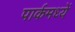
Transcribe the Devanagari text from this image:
पार्कमध्यें